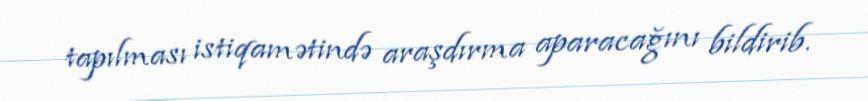
tapılması istiqamətində araşdırma aparacağını bildirib.